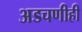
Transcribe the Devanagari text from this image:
अडचणीही